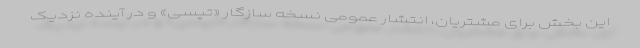
این بخش برای مشتریان، انتشار عمومی نسخه سازگار «تپسی» و در آینده نزدیک